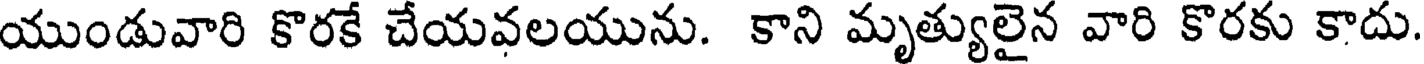
యుండువారి కొరకే చేయవలయును. కాని మృత్యులైన వారి కొరకు కాదు.